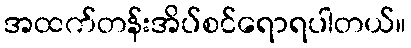
အထက်တန်းအိပ်စင်ရောရပါတယ်။